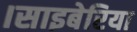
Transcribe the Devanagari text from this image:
।साइबेरिया